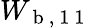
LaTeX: W_{\mathrm{~b~,~1~1~}}